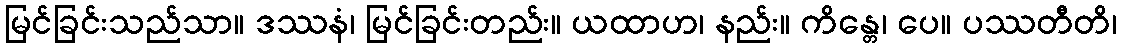
မြင်ခြင်းသည်သာ။ ဒဿနံ၊ မြင်ခြင်းတည်း။ ယထာဟ၊ နည်း။ ကိန္တေ၊ ပေ။ ပဿတီတိ၊